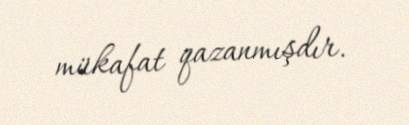
mükafat qazanmışdır.